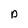
Character: p